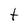
Character: t